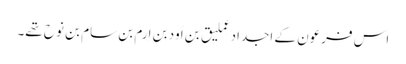
اس فرعون کے اجداد عِملیق بن اَود بن اِرم بن سام بن نوح تھے۔